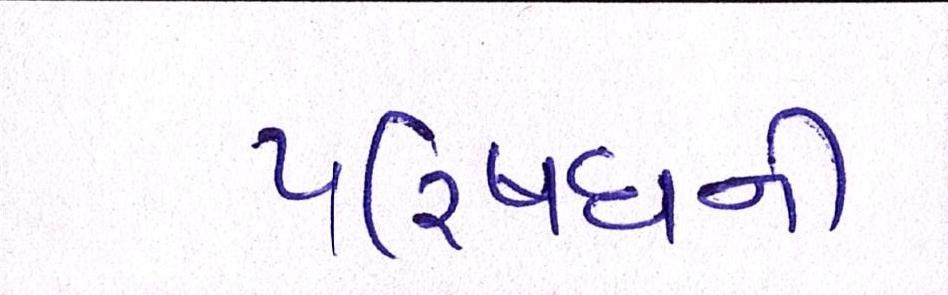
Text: પરિષધની